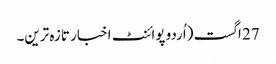
27 اگست (اُردو پوائنٹ اخبار تازہ ترین۔